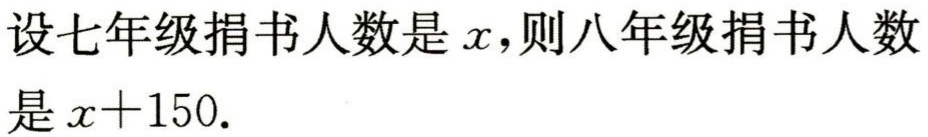
设七年级捐书人数是\(x\)，则八年级捐书人数是\(x + 150\).